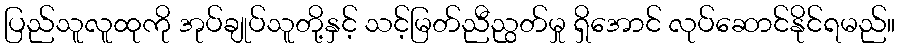
ပြည်သူလူထုကို အုပ်ချုပ်သူတို့နှင့် သင့်မြတ်ညီညွတ်မှု ရှိအောင် လုပ်ဆောင်နိုင်ရမည်။